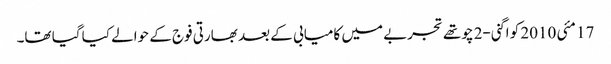
17 مئی 2010 کو اگنی-2 چوتھے تجربے میں کامیابی کے بعد بھارتی فوج کے حوالے کیا گیا تھا۔